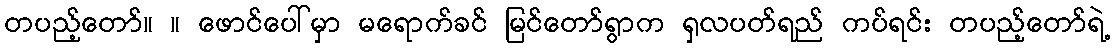
တပည့်တော်။ ။ ဖောင်ပေါ်မှာ မရောက်ခင် မြင်တော်ရွာက ရှလပတ်ရည် ကပ်ရင်း တပည့်တော်ရဲ့